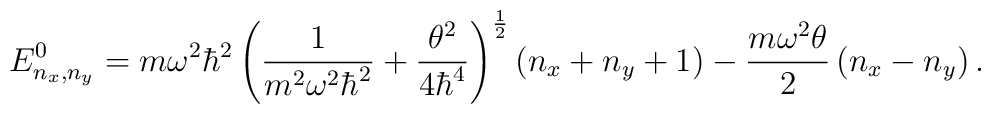
E^0_{n_x,n_y}=m\omega^{2}\hbar^{2}\left(\frac{1}{m^2 \omega^2\hbar^2}+\frac{\theta^2}{4\hbar^4}\right)^{\frac{1}{2}}\left(n_x+n_y+1\right)-\frac{m\omega^2\theta}{2}\left(n_x-n_y\right).